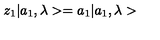
z _ { 1 } | a _ { 1 } , \lambda > = a _ { 1 } | a _ { 1 } , \lambda >